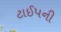
ટાઈપની